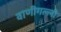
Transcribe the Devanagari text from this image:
वाणीगल्ली